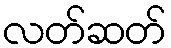
လတ်ဆတ်